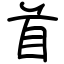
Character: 首